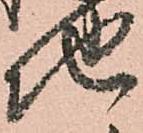
地